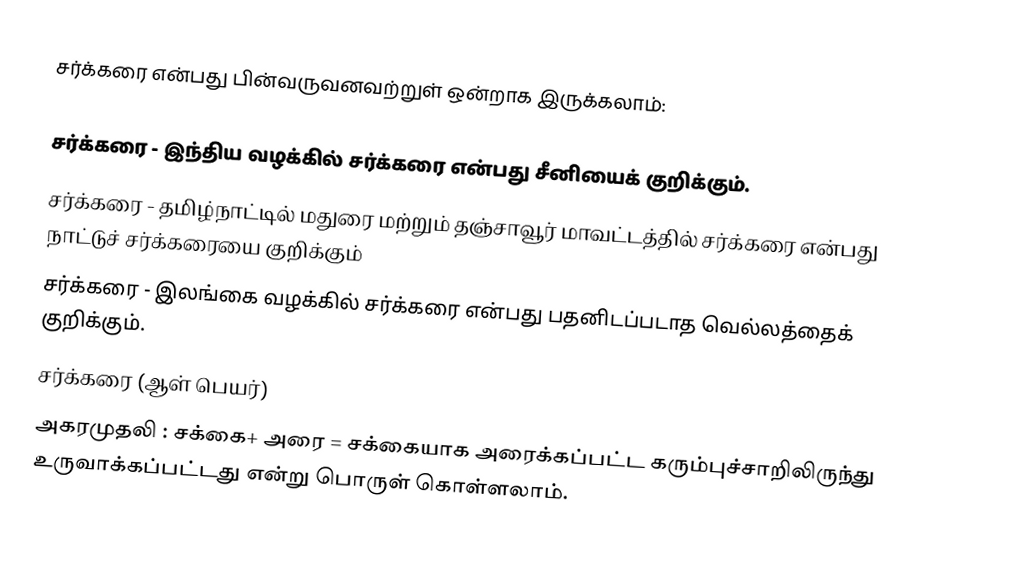
சர்க்கரை என்பது பின்வருவனவற்றுள் ஒன்றாக இருக்கலாம்:

சர்க்கரை - இந்திய வழக்கில் சர்க்கரை என்பது சீனியைக் குறிக்கும்.
சர்க்கரை - தமிழ்நாட்டில் மதுரை மற்றும் தஞ்சாவூர் மாவட்டத்தில் சர்க்கரை என்பது நாட்டுச் சர்க்கரையை குறிக்கும்
சர்க்கரை - இலங்கை வழக்கில் சர்க்கரை என்பது பதனிடப்படாத வெல்லத்தைக் குறிக்கும்.
 சர்க்கரை (ஆள் பெயர்)
அகரமுதலி : சக்கை+ அரை = சக்கையாக அரைக்கப்பட்ட கரும்புச்சாறிலிருந்து உருவாக்கப்பட்டது என்று பொருள் கொள்ளலாம்.